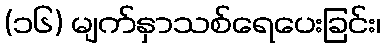
(၁၆) မျက်နှာသစ်ရေပေးခြင်း၊